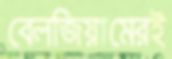
বেলজিয়ামেরই